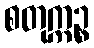
စတုက္ကဉ္စ